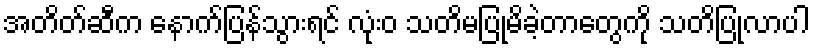
အတိတ်ဆီက နောက်ပြန်သွားရင် လုံးဝ သတိမပြုမိခဲ့တာတွေကို သတိပြုလာပါ